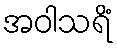
အဝါသရိံ